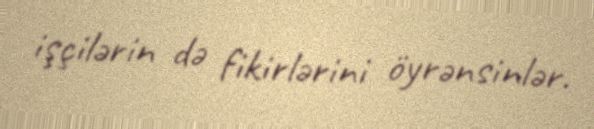
işçilərin də fikirlərini öyrənsinlər.